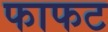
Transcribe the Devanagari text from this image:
फाफट